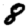
Digit: 8